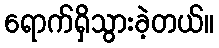
ရောက်ရှိသွားခဲ့တယ်။